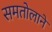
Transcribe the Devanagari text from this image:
समतोलाने